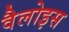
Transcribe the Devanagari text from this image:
वैलोइस